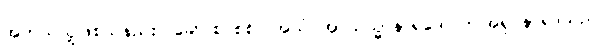
အဘယ်သို့ဖြစ်သနည်း။ ခေါ၊ စင်စစ်။ အယံ အာယသ္မာနာရဒေါ၊ ဤအရှင်နာရဒသည်။